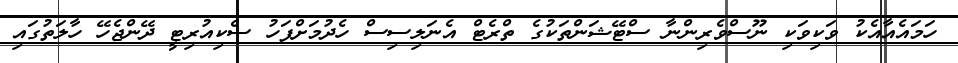
ހަމައެއާއެކު ވަކިވަކި ނޫސްވެރިންނާ ސްޓޭޝަންތަކުގެ ތްރެޓް އެނަލިސިސް ހެދުމަށްފަހު ސެކިއުރިޓީ ދޭންޖެހޭ ހާލަތުގައި